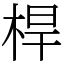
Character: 桿